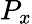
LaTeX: P_{x}